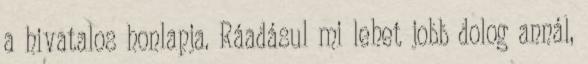
a hivatalos honlapja. Ráadásul mi lehet jobb dolog annál,